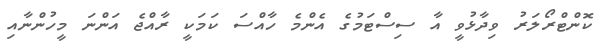
ކޮންޓްރޯލަރު ވިދާޅުވީ އާ ސިސްޓަމުގެ އެންމެ ހާއްސަ ކަމަކީ ރާއްޖެ އަންނަ މީހުންނާއި